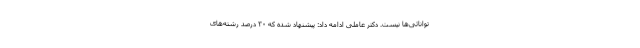
توانائی‌ها نیست. دکتر عاملی ادامه داد: پیشنهاد شده که ۳۰ درصد رشته‌های